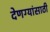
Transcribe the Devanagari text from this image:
देणग्यांसाठी